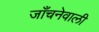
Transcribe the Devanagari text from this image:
जाँचनेवाली